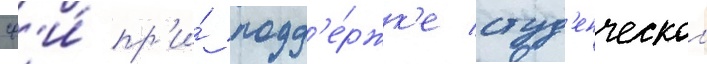
сф'и́ пр'и́ подд'е́ржк'е студ'енческои